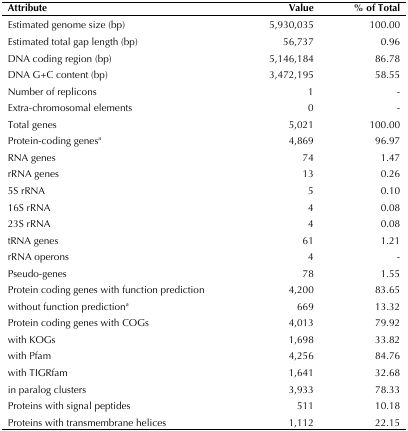
| Attribute | Value | % of Total |
 | --- | --- | --- |
 | Estimated genome size (bp) | 5,930,035 | 100.00 |
 | Estimated total gap length (bp) | 56,737 | 0.96 |
 | DNA coding region (bp) | 5,146,184 | 86.78 |
 | DNA G+C content (bp) | 3,472,195 | 58.55 |
 | Number of replicons | 1 | - |
 | Extra-chromosomal elements | 0 | - |
 | Total genes | 5,021 | 100.00 |
 | Protein-coding genesa | 4,869 | 96.97 |
 | RNA genes | 74 | 1.47 |
 | rRNA genes | 13 | 0.26 |
 | 5S rRNA | 5 | 0.10 |
 | 16S rRNA | 4 | 0.08 |
 | 23S rRNA | 4 | 0.08 |
 | tRNA genes | 61 | 1.21 |
 | rRNA operons | 4 | - |
 | Pseudo-genes | 78 | 1.55 |
 | Protein coding genes with function prediction | 4,200 | 83.65 |
 | without function predictiona | 669 | 13.32 |
 | Protein coding genes with COGs | 4,013 | 79.92 |
 | with KOGs | 1,698 | 33.82 |
 | with Pfam | 4,256 | 84.76 |
 | with TIGRfam | 1,641 | 32.68 |
 | in paralog clusters | 3,933 | 78.33 |
 | Proteins with signal peptides | 511 | 10.18 |
 | Proteins with transmembrane helices | 1,112 | 22.15 |